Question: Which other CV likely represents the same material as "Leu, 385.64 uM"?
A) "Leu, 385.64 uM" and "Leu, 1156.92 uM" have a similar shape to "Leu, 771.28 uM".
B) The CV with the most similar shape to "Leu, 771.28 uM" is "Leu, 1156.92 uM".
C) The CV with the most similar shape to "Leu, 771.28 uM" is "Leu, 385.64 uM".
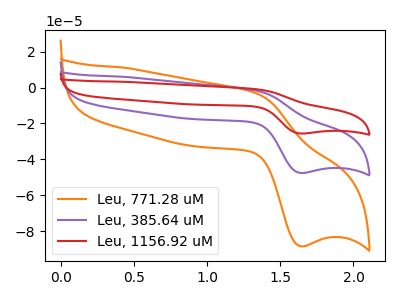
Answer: <think>The orange curve "Leu, 771.28 uM" has an anodic peak at (1.35V, -2.95uA) and a cathodic peak at (1.65V, -88.45uA). The purple curve "Leu, 385.64 uM" has an anodic peak at (1.35V, -1.60uA) and a cathodic peak at (1.65V, -47.60uA). The red curve "Leu, 1156.92 uM" has an anodic peak at (1.35V, -3.20uA) and a cathodic peak at (1.65V, -95.15uA).
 All the peaks in "Leu, 771.28 uM" have a peak in "Leu, 385.64 uM" at the same potential. All the peaks in "Leu, 771.28 uM" have a peak in "Leu, 1156.92 uM" at the same potential. All the peaks in "Leu, 385.64 uM" have a peak in "Leu, 1156.92 uM" at the same potential.</think>
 <answer>A) "Leu, 385.64 uM" and "Leu, 1156.92 uM" have a similar shape to "Leu, 771.28 uM".</answer>
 <eval>A</eval>